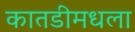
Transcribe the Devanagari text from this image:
कातडीमधला